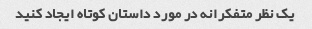
یک نظر متفکرانه در مورد داستان کوتاه ایجاد کنید